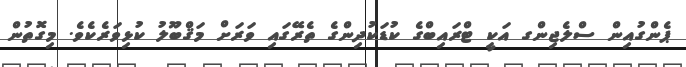
ޕެންގުއިން ސްލެޖިންގ އަކީ ޓްރައިބްގެ ކުޑަކުދިންގެ ތެރޭގައި ވަރަށް މަޤްބޫލު ކުޅިވަރެކެވެ. މިގޮތުން